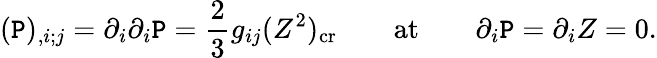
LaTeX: (\mathtt{P})_{,i;j}=\partial_{i}\partial_{i}\mathtt{P}={\frac{{2}}{{3}}}g_{ij}(Z^{2})_{\mathrm{{cr}}}\qquad\mathrm{{at}}\qquad\partial_{i}\mathtt{P}=\partial_{i}Z=0.